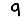
Digit: 9